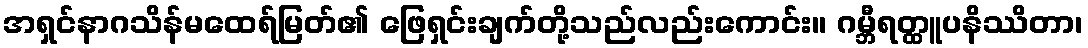
အရှင်နာဂသိန်မထေရ်မြတ်၏ ဖြေရှင်းချက်တို့သည်လည်းကောင်း။ ဂမ္ဘီရတ္ထူပနိဿိတာ၊